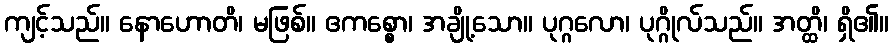
ကျင့်သည်။ နောဟောတိ၊ မဖြစ်။ ဧကစ္စော၊ အချို့သော။ ပုဂ္ဂလော၊ ပုဂ္ဂိုလ်သည်။ အတ္ထိ၊ ရှိ၏။